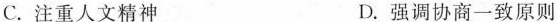
C. 注重人文精神 D. 强调协商一致原则